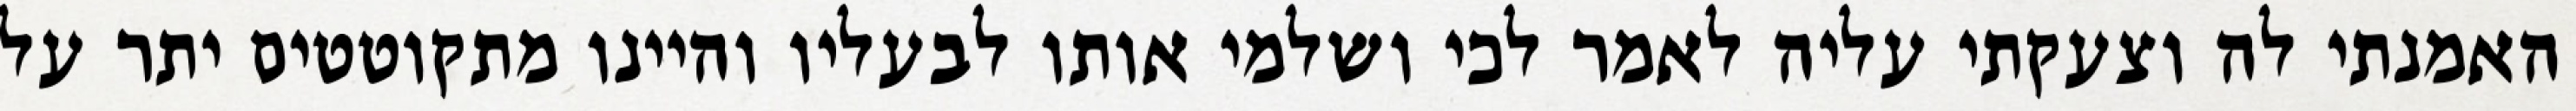
האמנתי לה וצעקתי עליה לאמר לכי ושלמי אותו לבעליו והיינו מתקוטטים יתר על